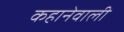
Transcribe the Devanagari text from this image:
कहानेवाली